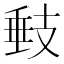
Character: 㩾